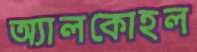
অ্যালকোহল